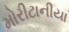
મોરીટાનીયા